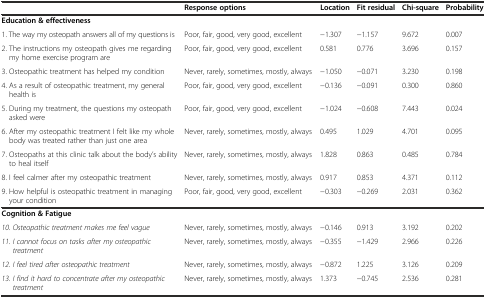
<table><thead><tr><td></td><td><b>Response options</b></td><td><b>Location</b></td><td><b>Fit residual</b></td><td><b>Chi-square</b></td><td><b>Probability</b></td></tr></thead><tbody><tr><td><b>Education &amp; effectiveness</b></td><td></td><td></td><td></td><td></td><td></td></tr><tr><td>1. The way my osteopath answers all of my questions is</td><td>Poor, fair, good, very good, excellent</td><td>−1.307</td><td>−1.157</td><td>9.672</td><td>0.007</td></tr><tr><td>2. The instructions my osteopath gives me regarding my home exercise program are</td><td>Poor, fair, good, very good, excellent</td><td>0.581</td><td>0.776</td><td>3.696</td><td>0.157</td></tr><tr><td>3. Osteopathic treatment has helped my condition</td><td>Never, rarely, sometimes, mostly, always</td><td>−1.050</td><td>−0.071</td><td>3.230</td><td>0.198</td></tr><tr><td>4. As a result of osteopathic treatment, my general health is</td><td>Poor, fair, good, very good, excellent</td><td>−0.136</td><td>−0.091</td><td>0.300</td><td>0.860</td></tr><tr><td>5. During my treatment, the questions my osteopath asked were</td><td>Poor, fair, good, very good, excellent</td><td>−1.024</td><td>−0.608</td><td>7.443</td><td>0.024</td></tr><tr><td>6. After my osteopathic treatment I felt like my whole body was treated rather than just one area</td><td>Never, rarely, sometimes, mostly, always</td><td>0.495</td><td>1.029</td><td>4.701</td><td>0.095</td></tr><tr><td>7. Osteopaths at this clinic talk about the body’s ability to heal itself</td><td>Never, rarely, sometimes, mostly, always</td><td>1.828</td><td>0.863</td><td>0.485</td><td>0.784</td></tr><tr><td>8. I feel calmer after my osteopathic treatment</td><td>Never, rarely, sometimes, mostly, always</td><td>0.917</td><td>0.853</td><td>4.371</td><td>0.112</td></tr><tr><td>9. How helpful is osteopathic treatment in managing your condition</td><td>Poor, fair, good, very good, excellent</td><td>−0.303</td><td>−0.269</td><td>2.031</td><td>0.362</td></tr><tr><td><b>Cognition &amp; Fatigue</b></td><td></td><td></td><td></td><td></td><td></td></tr><tr><td><i>10. Osteopathic treatment makes me feel vague</i></td><td>Never, rarely, sometimes, mostly, always</td><td>−0.146</td><td>0.913</td><td>3.192</td><td>0.202</td></tr><tr><td><i>11. I cannot focus on tasks after my osteopathic treatment</i></td><td>Never, rarely, sometimes, mostly, always</td><td>−0.355</td><td>−1.429</td><td>2.966</td><td>0.226</td></tr><tr><td><i>12. I feel tired after osteopathic treatment</i></td><td>Never, rarely, sometimes, mostly, always</td><td>−0.872</td><td>1.225</td><td>3.126</td><td>0.209</td></tr><tr><td><i>13. I find it hard to concentrate after my osteopathic treatment</i></td><td>Never, rarely, sometimes, mostly, always</td><td>1.373</td><td>−0.745</td><td>2.536</td><td>0.281</td></tr></tbody></table>